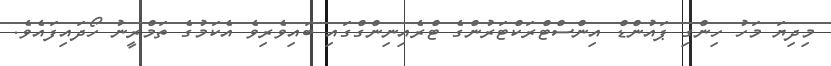
މިދިޔަ މަހު ހިންގި ޕައުންޑް އިންސްޓްރަކްޓަރުންގެ ޓްރެއިނިންގްގައި ބައިވެރިވެ އެކަމުގެ ތަމްރީނު ހޯދައިފައެވެ.